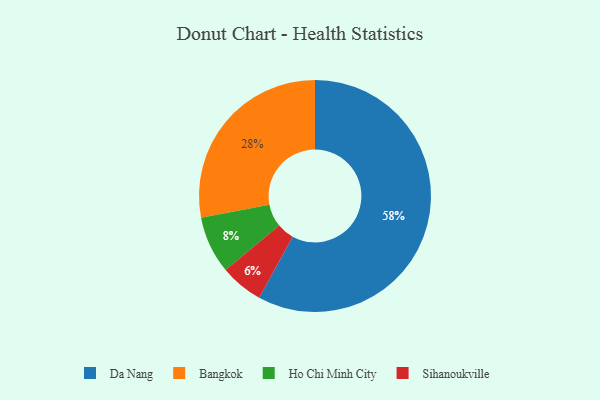
{"axis": {"x": "Category", "y": "Percentage"}, "legend": ["Bangkok", "Da Nang", "Ho Chi Minh City", "Sihanoukville"], "data": [{"x": "Ho Chi Minh City", "y": 8, "type": "Ho Chi Minh City"}, {"x": "Da Nang", "y": 58, "type": "Da Nang"}, {"x": "Bangkok", "y": 28, "type": "Bangkok"}, {"x": "Sihanoukville", "y": 6, "type": "Sihanoukville"}]}